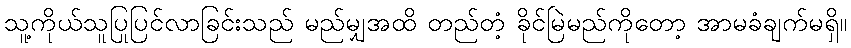
သူ့ကိုယ်သူပြုပြင်လာခြင်းသည် မည်မျှအထိ တည်တံ့ ခိုင်မြဲမည်ကိုတော့ အာမခံချက်မရှိ။